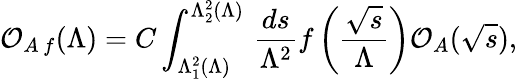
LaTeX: {\cal O}_{A\, f}(\Lambda)=C\int_{\Lambda_{1}^{2}(\Lambda)}^{\Lambda_{2}^{2}(\Lambda)}\, \frac{ds}{\Lambda^{2}}f\left(\frac{\sqrt{s}}{\Lambda}\right){\cal O}_{A}(\sqrt{s}),